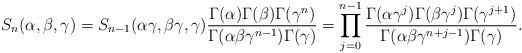
LaTeX: \begin{align*} S_n(\alpha,\beta,\gamma) =S_{n-1}(\alpha\gamma,\beta\gamma,\gamma)\frac{\Gamma(\alpha)\Gamma(\beta)\Gamma(\gamma^n)}{\Gamma(\alpha\beta\gamma^{n-1})\Gamma(\gamma)} =\prod_{j=0}^{n-1}\frac{\Gamma(\alpha\gamma^{j})\Gamma(\beta\gamma^{j})\Gamma(\gamma^{j+1})}{\Gamma(\alpha\beta\gamma^{n+j-1})\Gamma(\gamma)}. \end{align*}